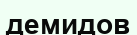
демидов